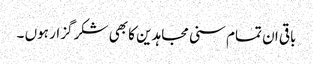
باقی ان تمام سنی مجاہدین کا بھی شکر گزار ہوں ۔